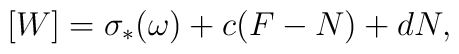
[W]=\sigma_*(\omega) + c(F-N) + dN,